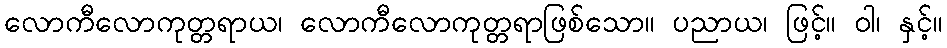
လောကီလောကုတ္တရာယ၊ လောကီလောကုတ္တရာဖြစ်သော။ ပညာယ၊ ဖြင့်။ ဝါ၊ နှင့်။